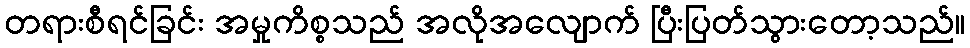
တရားစီရင်ခြင်း အမှုကိစ္စသည် အလိုအလျောက် ပြီးပြတ်သွားတော့သည်။